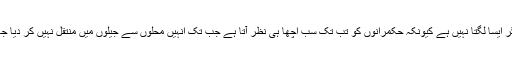
مگر ایسا لگتا نہیں ہے کیونکہ حکمرانوں کو تب تک سب اچھا ہی نظر آتا ہے جب تک انہیں محلوں سے جیلوں میں منتقل نہیں کر دیا جاتا۔